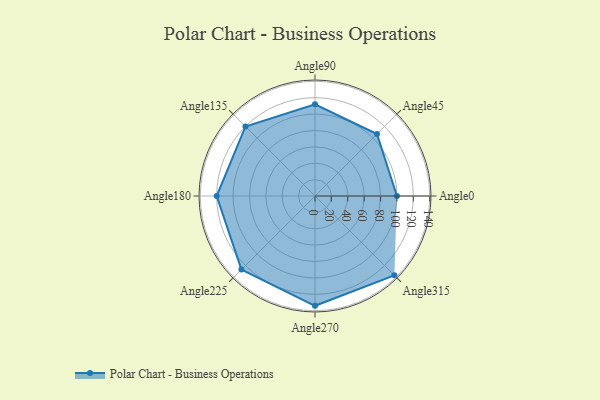
{"axis": {"x": "Angle", "y": "Radius"}, "legend": [""], "data": [{"x": "Angle0", "y": 100.0, "type": ""}, {"x": "Angle45", "y": 107.0, "type": ""}, {"x": "Angle90", "y": 112.0, "type": ""}, {"x": "Angle135", "y": 120.0, "type": ""}, {"x": "Angle180", "y": 120.0, "type": ""}, {"x": "Angle225", "y": 127.0, "type": ""}, {"x": "Angle270", "y": 134.0, "type": ""}, {"x": "Angle315", "y": 137.0, "type": ""}]}